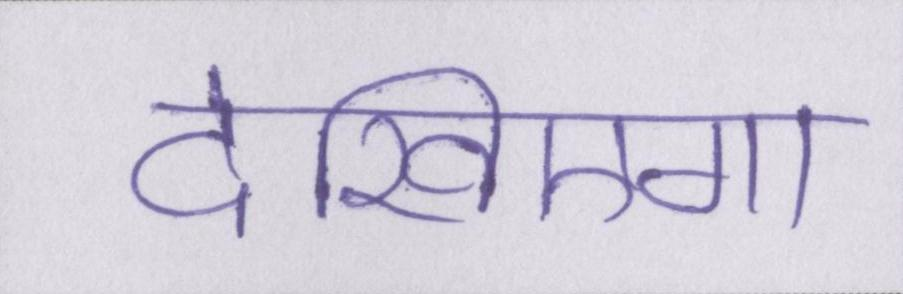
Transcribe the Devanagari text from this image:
देखिएगा